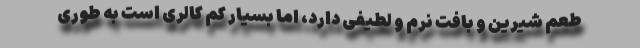
طعم شیرین و بافت نرم و لطیفی دارد، اما بسیار کم کالری است به طوری